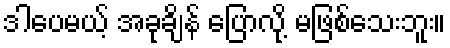
ဒါပေမယ့် အခုချိန် ပြောလို့ မဖြစ်သေးဘူး။